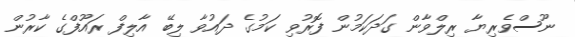
ނޫސްވެރިޔާ ރިލްވާން ގަދަކަމުން ފޮރުވި ކަމުގެ ދައުވާ ލިބޭ އާލިފް ރައޫފްގެ ކާރުން